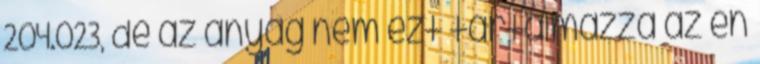
204.023, de az anyag nem ezt tartalmazza az én